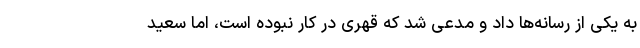
به یکی از رسانه‌ها داد و مدعی شد که قهری در کار نبوده است، اما سعید